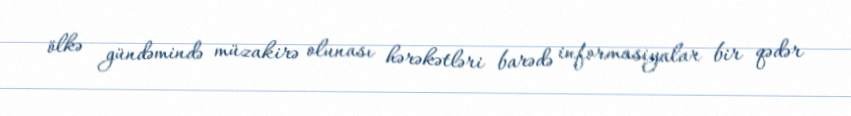
ölkə gündəmində müzakirə olunası hərəkətləri barədə informasiyalar bir qədər